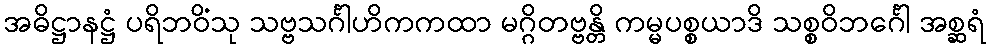
အဓိဋ္ဌာနဋ္ဌံ ပရိဘဝိံသု သဗ္ဗသင်္ဂါဟိကကထာ မဂ္ဂိတဗ္ဗန္တိ ကမ္မပစ္စယာဒိ သစ္စဝိဘင်္ဂေါ အစ္ဆရံ